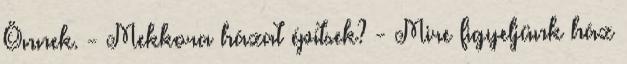
Önnek. - Mekkora házat építsek? - Mire figyeljünk ház